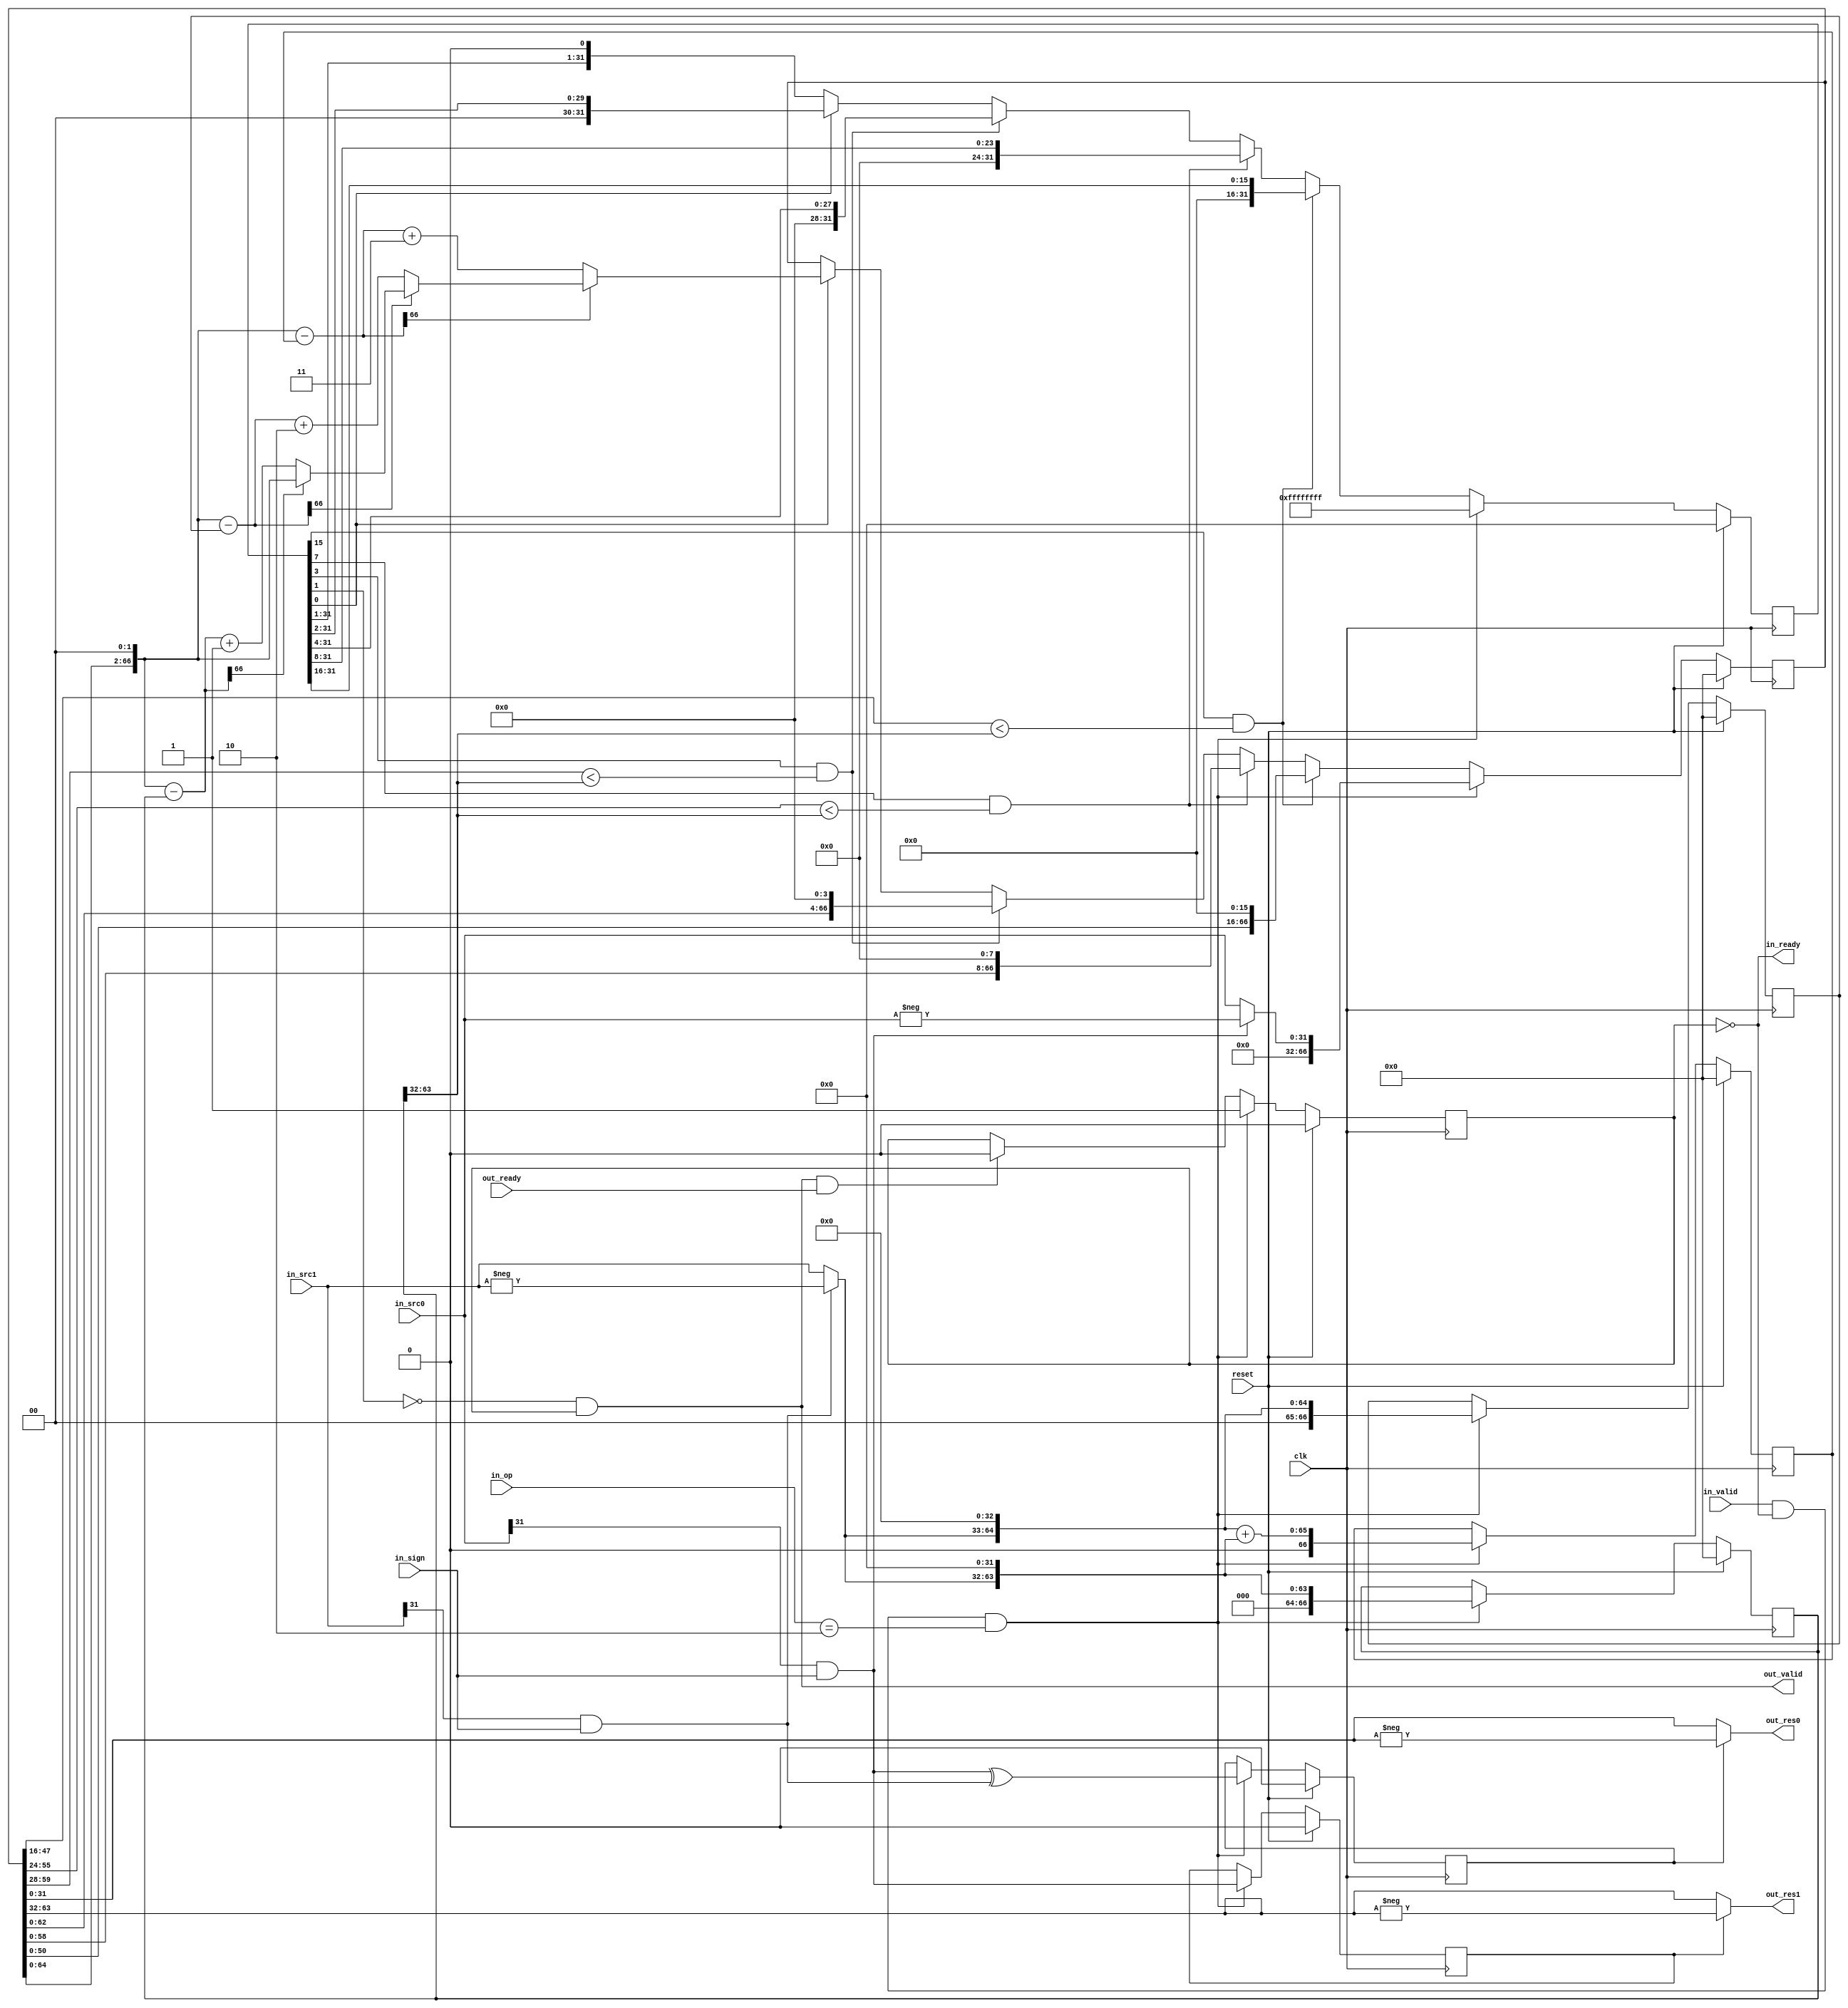
`timescale 1ns / 1ps
//////////////////////////////////////////////////////////////////////////////////
// Company: 
// Engineer: 
// 
// Design Name: 
// Module Name:    DivUnit 
// Project Name: 
// Target Devices: 
// Tool versions: 
// Description: 
//
// Dependencies: 
//
// Revision: 
// Revision 0.01 - File Created
// Additional Comments: 
//
//////////////////////////////////////////////////////////////////////////////////
`define  IDLE 2'b00
`define  MUL  2'b01
`define  DIV  2'b10

module DivUnit(
    input wire clk,
    input wire reset,
    input wire [31:0] in_src0,
    input wire [31:0] in_src1,
    input wire [1:0] in_op,
    input wire in_sign,
    output wire in_ready,
    input wire in_valid,
    input wire out_ready,
    output wire out_valid,
    output wire [31:0] out_res0,
    output wire [31:0] out_res1
);
    wire negSrcBits [1:0];
    wire [31:0] absSrc [1:0];
    wire [63:0] absSrc64 [1:0];
    reg busy;
    reg [31:0] timer;
    reg [66:0] tmps [3:0];
    reg negResBits [1:0];
    wire [66:0] subs [2:0];
    wire[31:0] tmp[1:0];

    assign {negSrcBits[1], negSrcBits[0]} = {in_src1[31] & in_sign, in_src0[31] & in_sign};
    assign {absSrc[1], absSrc[0]} = {negSrcBits[1] ? -in_src1 : in_src1, negSrcBits[0] ? -in_src0 : in_src0};
    assign {absSrc64[1], absSrc64[0]} = {absSrc[1], 64'h0, absSrc[0]};
    assign {subs[2], subs[1], subs[0]} = {(tmps[0] << 2) - tmps[3], (tmps[0] << 2) - tmps[2], (tmps[0] << 2) - tmps[1]};
    assign {tmp[1], tmp[0]} = tmps[0][63:0];
    assign {out_res1, out_res0} = {negResBits[1] ? -tmp[1] : tmp[1], negResBits[0] ? -tmp[0] : tmp[0]};
    assign {in_ready, out_valid} = {!busy, !timer[1] & busy};

    always@(posedge clk) begin
        if(reset) begin
            {negResBits[1], negResBits[0], timer, tmps[3], tmps[2], tmps[1], tmps[0], busy} <= 0;
        end else if(in_valid & in_ready & in_op == `DIV) begin
            timer <= 32'hffffffff;
            {negResBits[1], negResBits[0]} <= {negSrcBits[0], negSrcBits[0] ^ negSrcBits[1]};
            {tmps[3], tmps[2], tmps[1], tmps[0]} <= {({3'b0, absSrc64[1]} << 1) + {3'b0, absSrc64[1]}, {3'b0, absSrc64[1]} << 1, {3'b0, absSrc64[1]}, {3'b0, absSrc64[0]}};
            busy <= 'b1;
        end else begin
            if(out_valid & out_ready) begin
                busy <= 'b0;
            end
            if(timer[15] & (tmps[0][47:16] < tmps[1][63:32])) begin
                timer <= timer >> 16;
                tmps[0] <= tmps[0] << 16;
            end 
            else if(timer[7] & (tmps[0][55:24] < tmps[1][63:32])) begin
                timer <= timer >> 8;
                tmps[0] <= tmps[0] << 8;
            end 
            else if(timer[3] & (tmps[0][59:28] < tmps[1][63:32])) begin
                timer <= timer >> 4;
                tmps[0] <= tmps[0] << 4;
            end 
            else if(timer[0]) begin
                timer <= timer >> 2;
                tmps[0] <= !subs[2][66] ? subs[2] + 'd3 : !subs[1][66] ? subs[1] + 'd2 : !subs[0][66] ? subs[0] + 'd1 : (tmps[0] << 2);
            end
        end
     end
endmodule